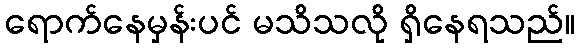
ရောက်နေမှန်းပင် မသိသလို ရှိနေရသည်။